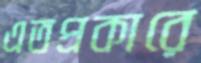
এতপ্রকারে